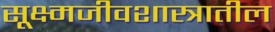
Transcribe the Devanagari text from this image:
सूक्ष्मजीवशास्त्रातील